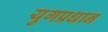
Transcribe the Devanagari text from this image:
युगप्रधान